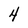
Character: 4